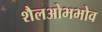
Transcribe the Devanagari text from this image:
शैलओभभोव